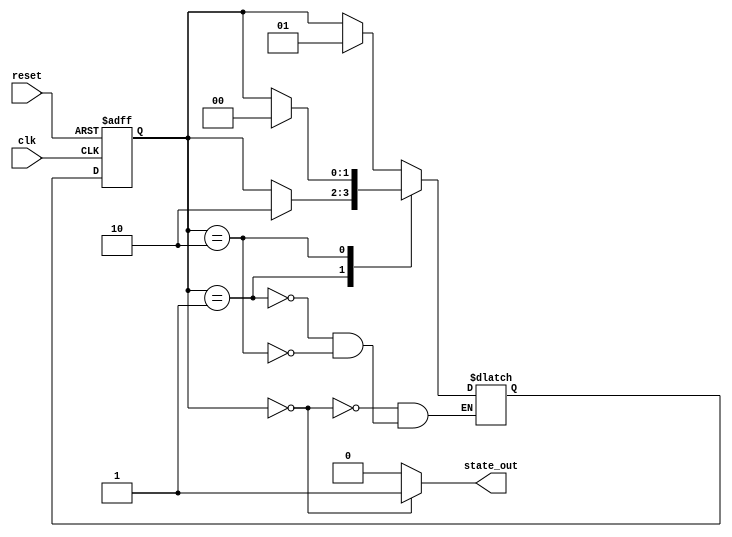
module hierarchical_fsm(
    input wire clk,
    input wire reset,
    output wire state_out
);

// Define states
parameter STATE_A = 2'b00;
parameter STATE_B = 2'b01;
parameter STATE_C = 2'b10;

// Define signals for state transitions
reg [1:0] current_state;
reg [1:0] next_state;

// Define output based on current state
assign state_out = (current_state == STATE_A) ? 1'b1 : 1'b0;

always @ (posedge clk or posedge reset)
begin
    if (reset)
        current_state <= STATE_A;
    else
        current_state <= next_state;
end

// State machine logic
always @ (*)
begin
    case (current_state)
        STATE_A: begin
            // Logic for transitioning to next state
            if (condition_for_transition_to_state_B)
                next_state <= STATE_B;
            else
                next_state <= current_state;
        end
        STATE_B: begin
            // Logic for transitioning to next state
            if (condition_for_transition_to_state_C)
                next_state <= STATE_C;
            else
                next_state <= current_state;
        end
        STATE_C: begin
            // Logic for transitioning to next state
            if (condition_for_transition_to_state_A)
                next_state <= STATE_A;
            else
                next_state <= current_state;
        end
    endcase
end

endmodule